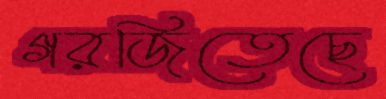
গরজিতেছে